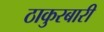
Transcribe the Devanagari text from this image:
ठाकुरबारी